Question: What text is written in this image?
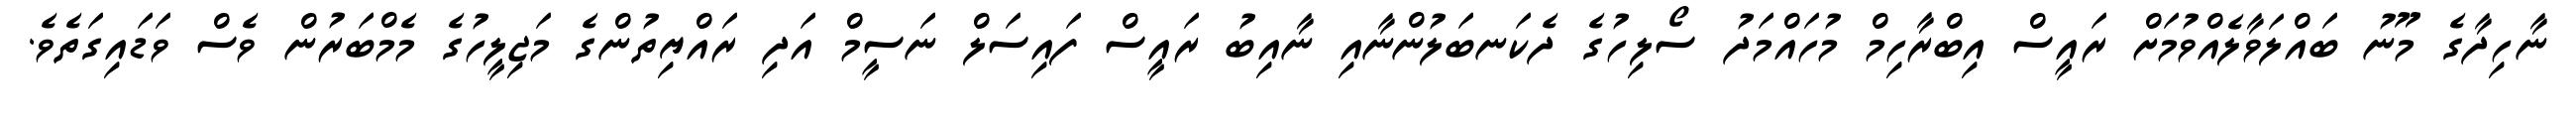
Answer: ނާހިދާގެ މޫނު ބައްލަވާލެއްވުމަށް ރައީސް އިބްރާހިމް މުހައްމަދު ސޯލިހުގެ ދެކަނބަލުންނާއި ނާއިބު ރައީސް ފައިސަލް ނަސީމް އަދި ރައްޔިތުންގެ މަޖިލީހުގެ މެމްބަރުން ވެސް ވަޑައިގަތެވެ.